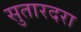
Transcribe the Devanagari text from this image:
सुतारदरा